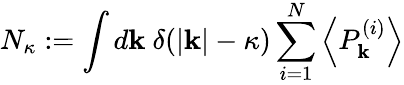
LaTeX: N_{\kappa}:=\int d\mathbf k\ \delta(|\mathbf k|-\kappa)\sum_{i=1}^{N}\left<P_{\mathbf k}^{(i)}\right>